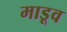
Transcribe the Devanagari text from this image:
माडूव